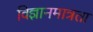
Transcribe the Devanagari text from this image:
विज्ञानमात्रता